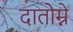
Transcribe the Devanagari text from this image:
दातोम्ने